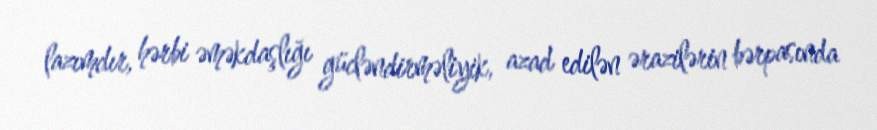
lazımdır, hərbi əməkdaşlığı gücləndirməliyik, azad edilən ərazilərin bərpasında